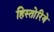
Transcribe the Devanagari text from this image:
हिस्तोरिये